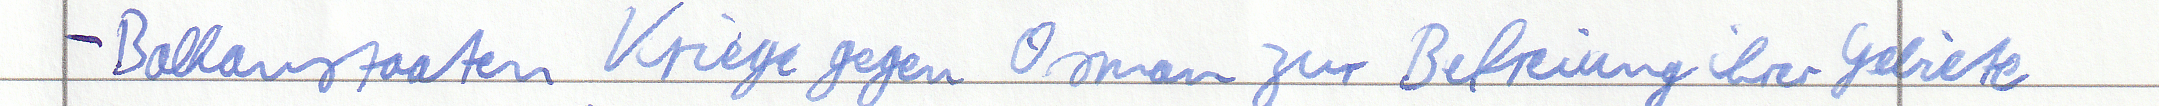
- Balkanstaaten Kriege gegen Osman zur Befreiung ihrer Gebiete